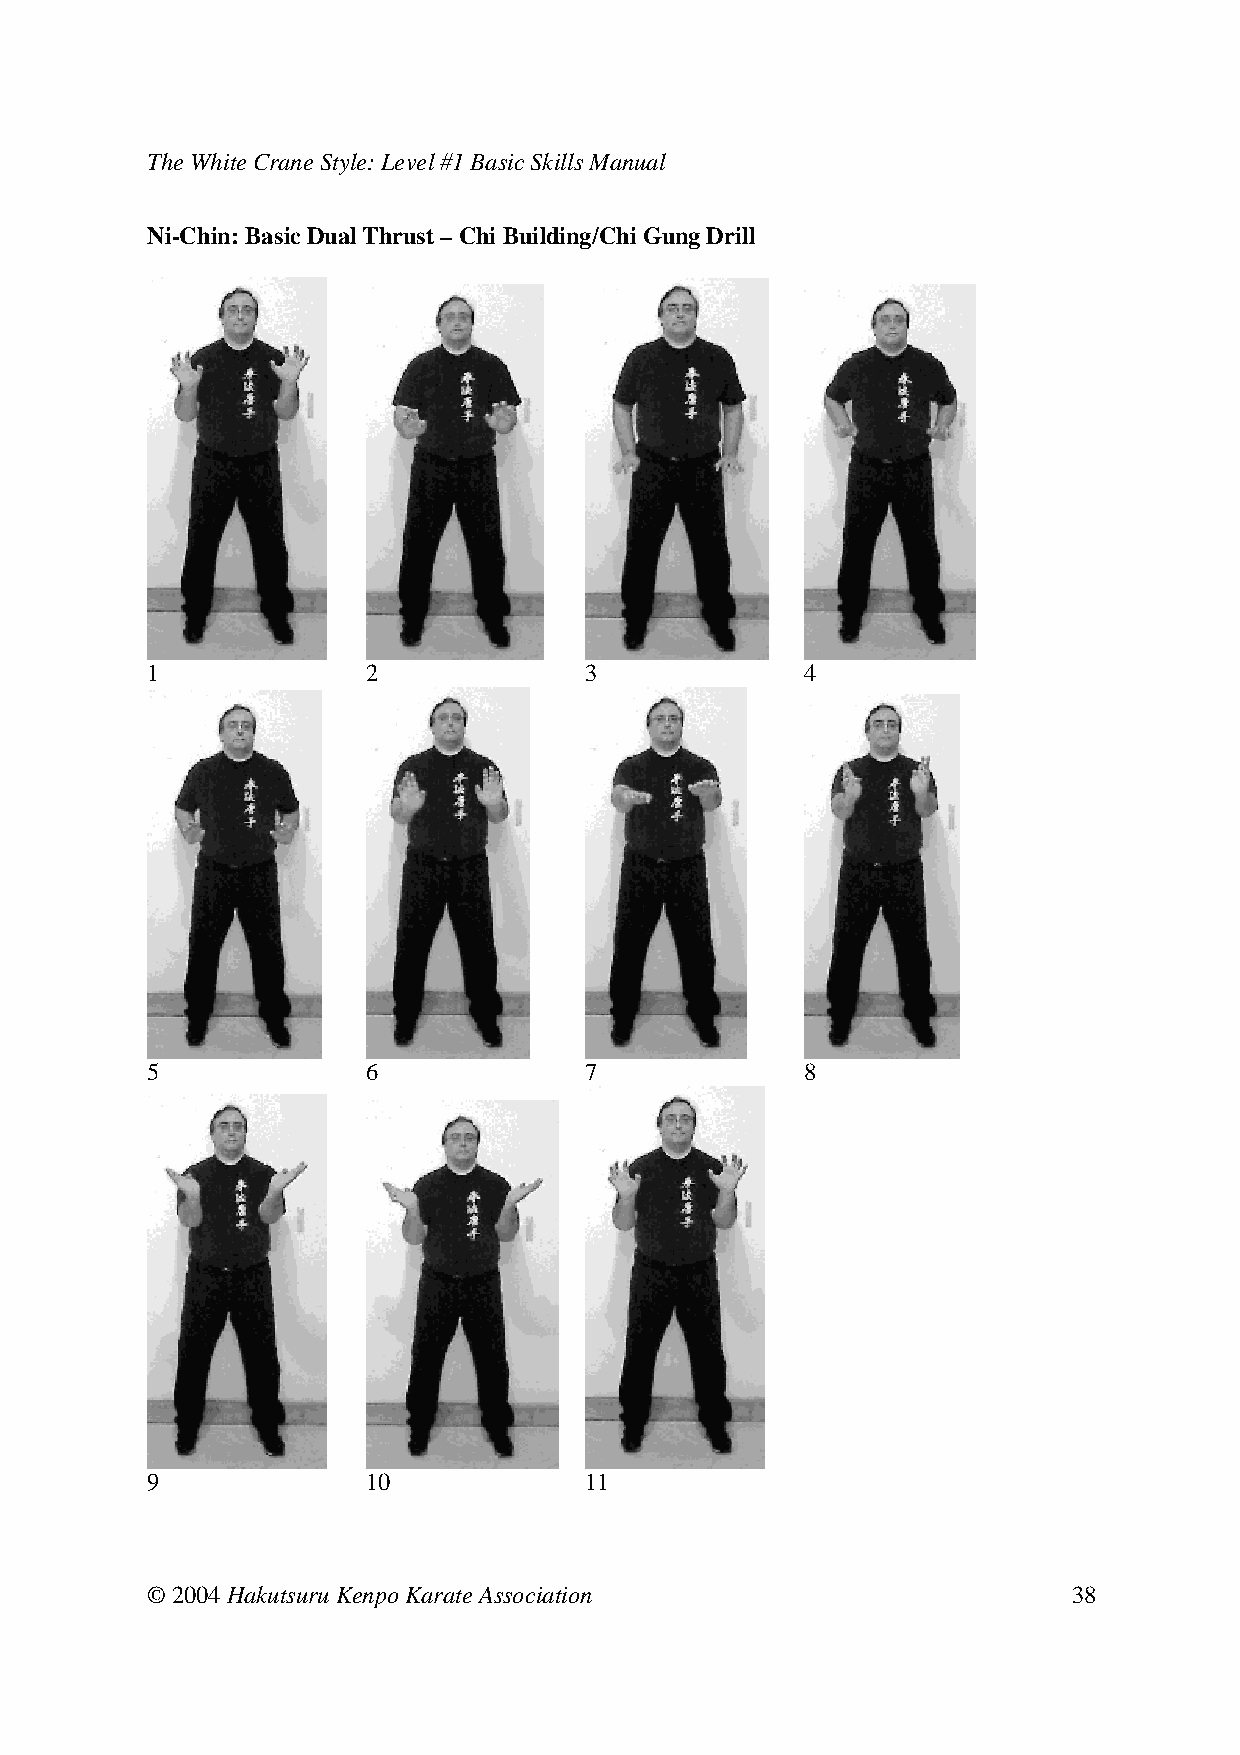
The White Crane Style: Level #1 Basic Skills Manual
 Ni-Chin: Basic Dual Thrust – Chi Building/Chi Gung Drill
 1     2      3     4
 5     6      7     8
 9     10     11
 © 2004 Hakutsuru Kenpo Karate Association                    38